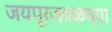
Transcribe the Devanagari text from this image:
जयपूरजवळच्या